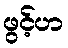
ဖွင့်ဟ